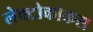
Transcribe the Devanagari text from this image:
लेक्टोकोकस